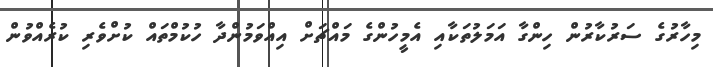
މިހާރުގެ ސަރުކާރުން ހިންގާ އަމަލުތަކާއި އެމީހުންގެ މައްޗަށް އިއްވަމުންދާ ހުކުމްތައް ކުށްވެރި ކުރެއްވުން